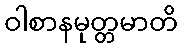
ဝါစာနမုတ္တမာတိ